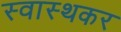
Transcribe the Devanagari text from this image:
स्वास्थकर